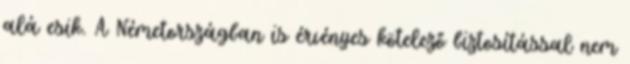
alá esik. A Németországban is érvényes kötelező biztosítással nem